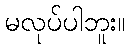
မလုပ်ပါဘူး။